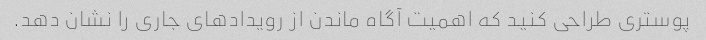
پوستری طراحی کنید که اهمیت آگاه ماندن از رویدادهای جاری را نشان دهد.